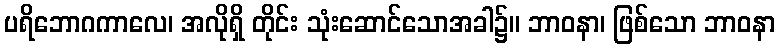
ပရိဘောဂကာလေ၊ အလိုရှိ တိုင်း သုံးဆောင်သောအခါ၌။ ဘာဝနာ၊ ဖြစ်သော ဘာဝနာ